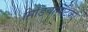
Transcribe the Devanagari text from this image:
मिडियामेटिक